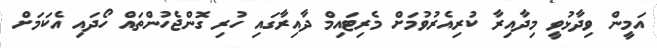
އަމީން ވިދާޅުވީ މިދާއިރާ ކުރިއެރުވުމަށް މެރިޓައިމް ދާއިރާގައި ހުރި ގޮންޖެހުންތައް ހޯދައި އެކަމަށް